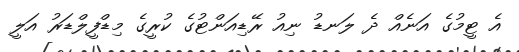
އެ ޓީމުގެ އަނެއް ދެ ލަނޑު ނިއު ރޭޑިއަންޓުގެ ކުރީގެ މިޑްފީލްޑަރު އަލީ